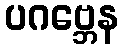
ပဂဗ္ဘေန